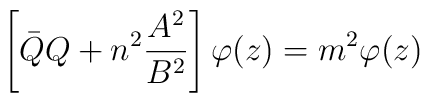
\left[ {\bar Q} Q +n^2\frac{      A^2}{ B^2}\right]  \varphi(z) = m^2 \varphi(z)